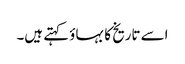
اسے تاریخ کا بہاؤ کہتے ہیں۔